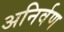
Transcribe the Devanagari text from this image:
अनिर्वण